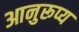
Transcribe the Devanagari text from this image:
आनुरूप्य